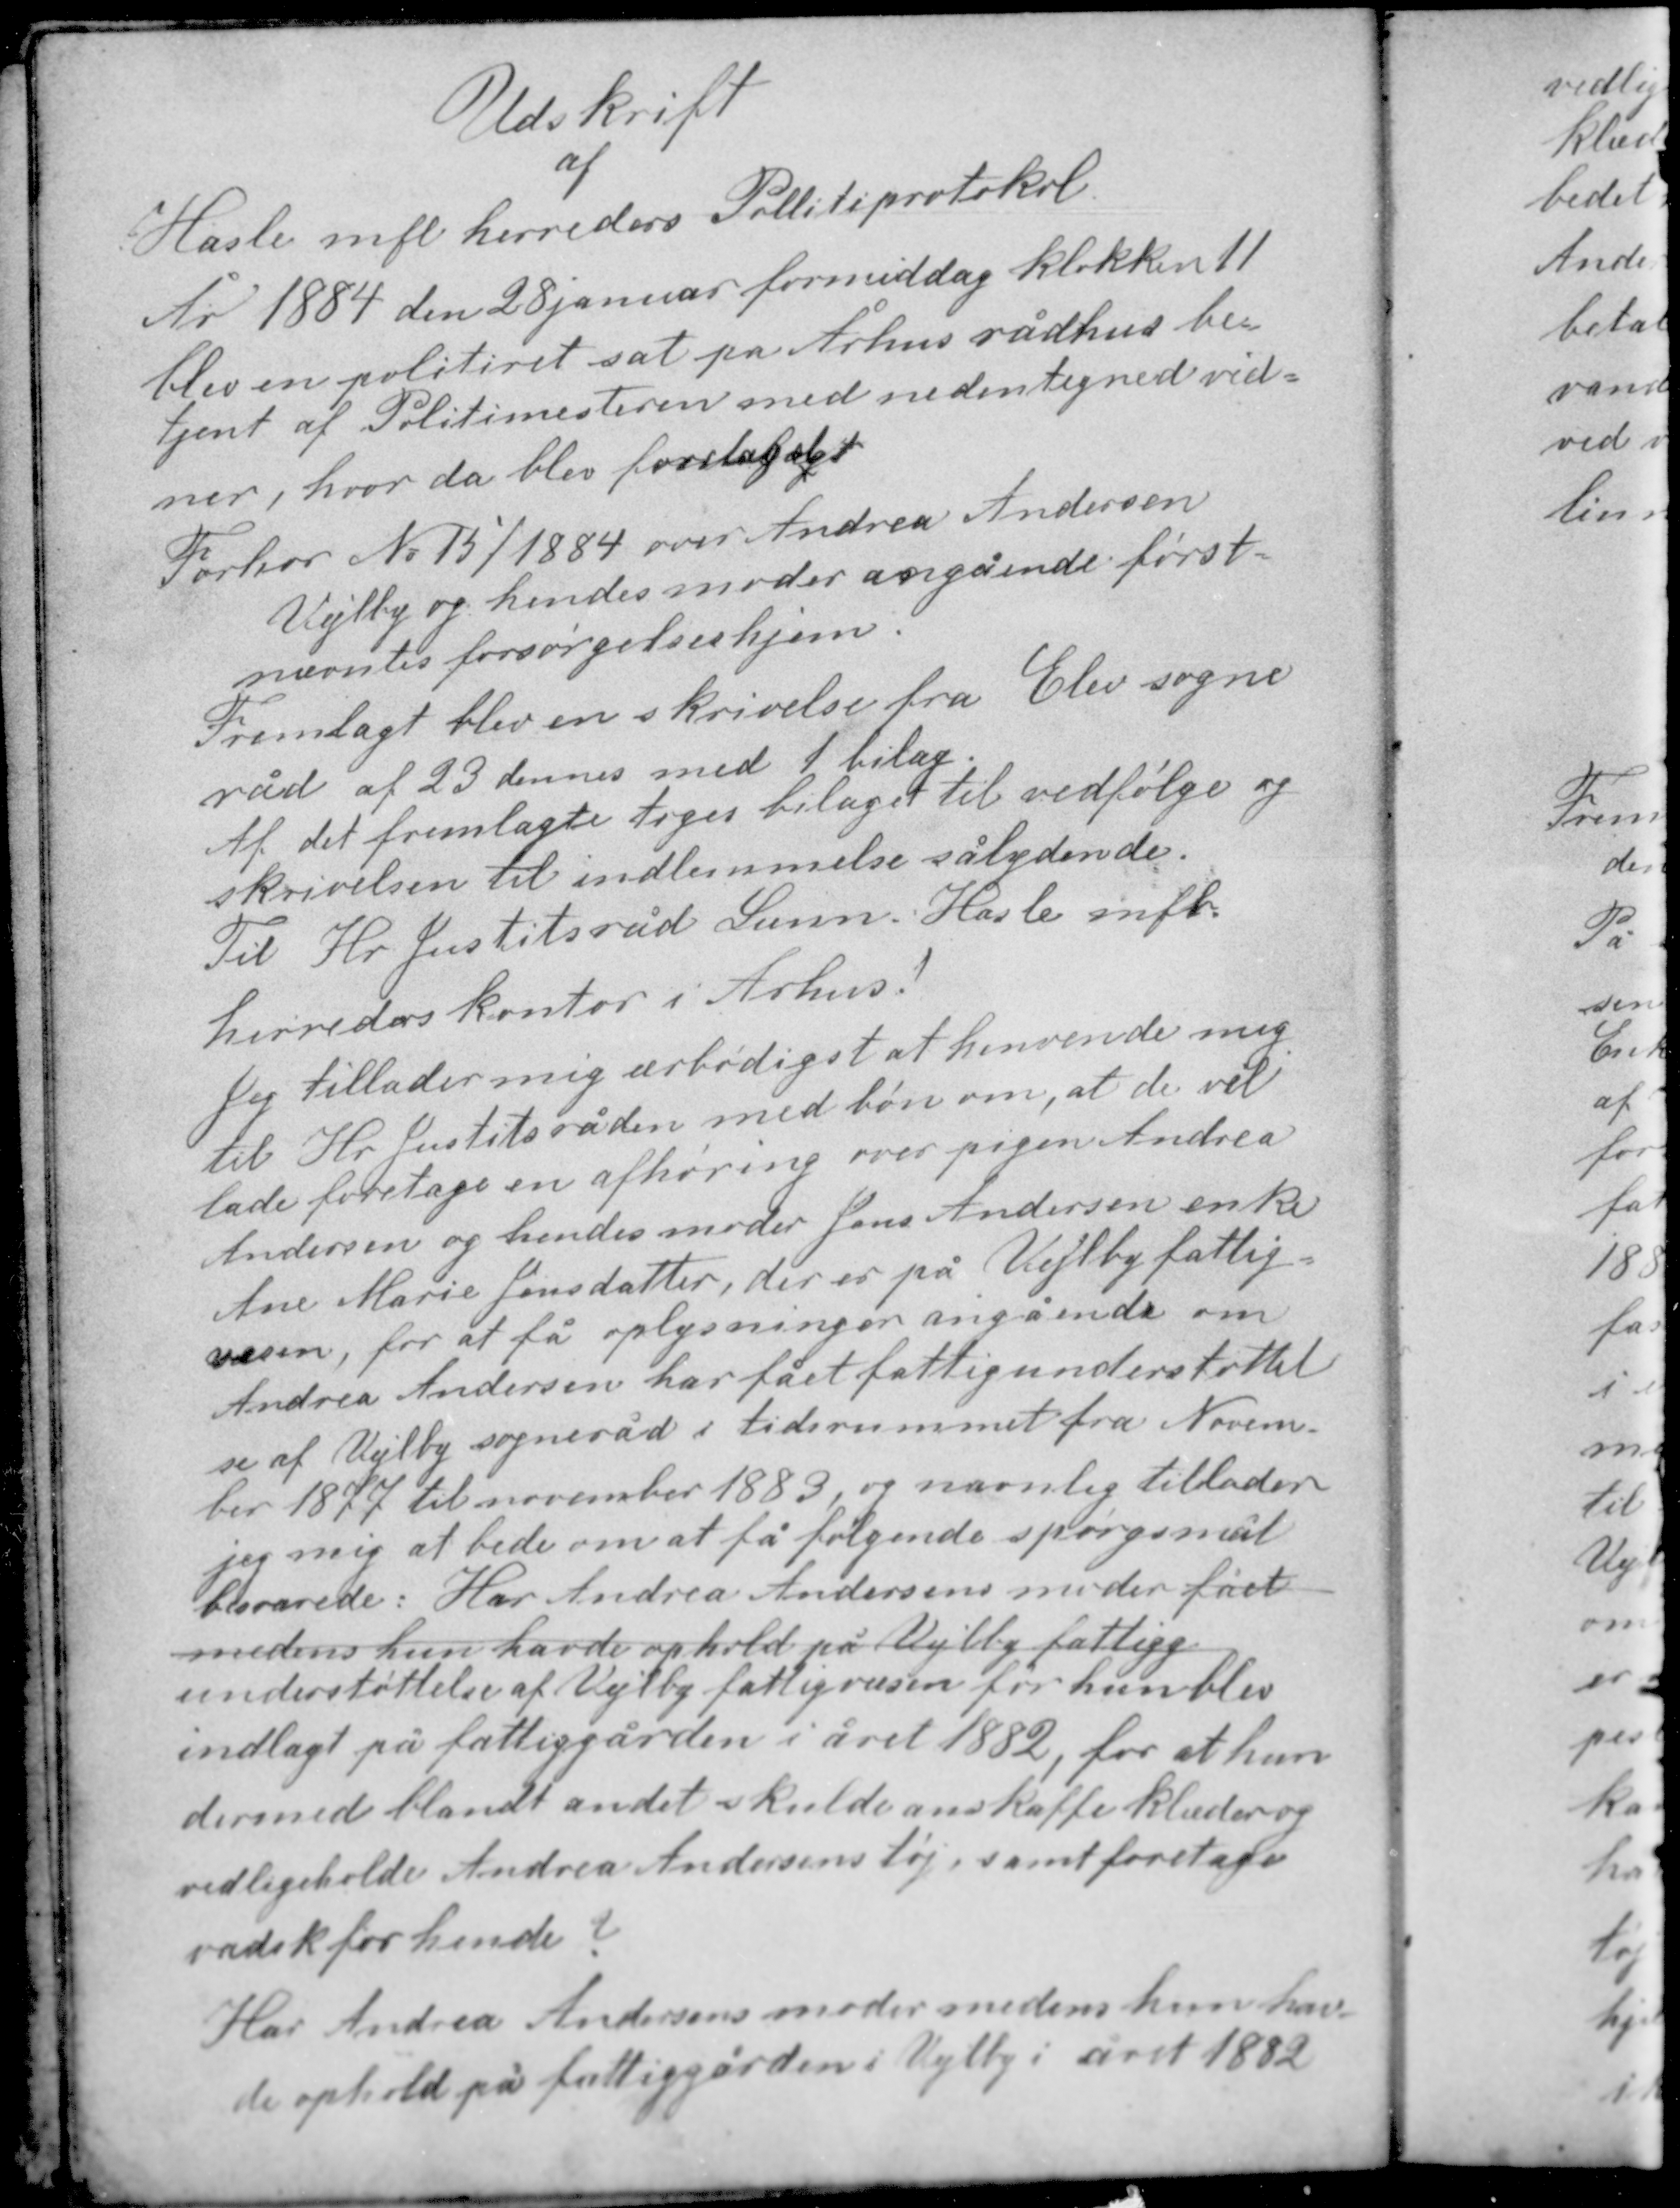
Transskription:
Udskrift

af
Hasle mfl. herreders Politiprotokol
År 1884 den 28 januar formiddag klokken 11
blev en politiret sat på Århus rådhus be-
tjent af Politimesteren med nedentegned vid-
ner, hvor da blev foretaget

Forhør No 15/1884 over Andrea Andersen
Vejlby og hendes moder angående først-
nævntes forsørgelseshjem.

Fremlagt blev en skrivelse fra Elev sogne-
råd af 23 dennes med 1 bilag.
Af det fremlagte toges bilaget til vedfølge og
skrivelsen til indlemmelse sålydende.
Til Hr Justitsråd Lunn, Hasle mfl.
herreders kontor i Århus!

Jeg tillader mig ærbødigst at henvende mig
til Hr. Justitsråden med bøn om, at de vil
lade foretage en afhøring over pigen Andrea
Andersen og hendes moder Jens Andersen enke
Ane Marie Jensdatter, der er på Vejlby fattig-
væsen, for at få oplysninger angående om
Andrea Andersen har fået fattigunderstøttel-
se af Vejlby sogneråd i tidsrummet fra Novem-
ber 1877 til november 1883, og navnlig tillader
jeg mig at bede om at få følgende spørgsmål
besvarede: Har Andrea Andersens moder fået
medens hun havde ophold på Vejlby fattigg.
understøttelse af Vejlby fattigvæsen før hun blev
indlagt på fattiggården i året 1882, for at hun
dermed blandt andet skulde anskaffe klæder og
vedligeholde Andrea Andersens tøj samt foretage
vadsk for hende?

Har Andrea Andersens moder medens hun hav-
de ophold på fattiggården i Vejlby i året 1882